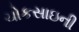
ચોકસાઇની